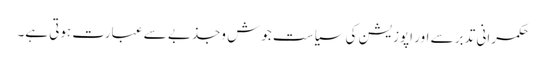
حکمرانی تدبر سے اور اپوزیشن کی سیاست جوش وجذبے سے عبارت ہوتی ہے۔